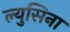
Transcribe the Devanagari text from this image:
ल्युसिना